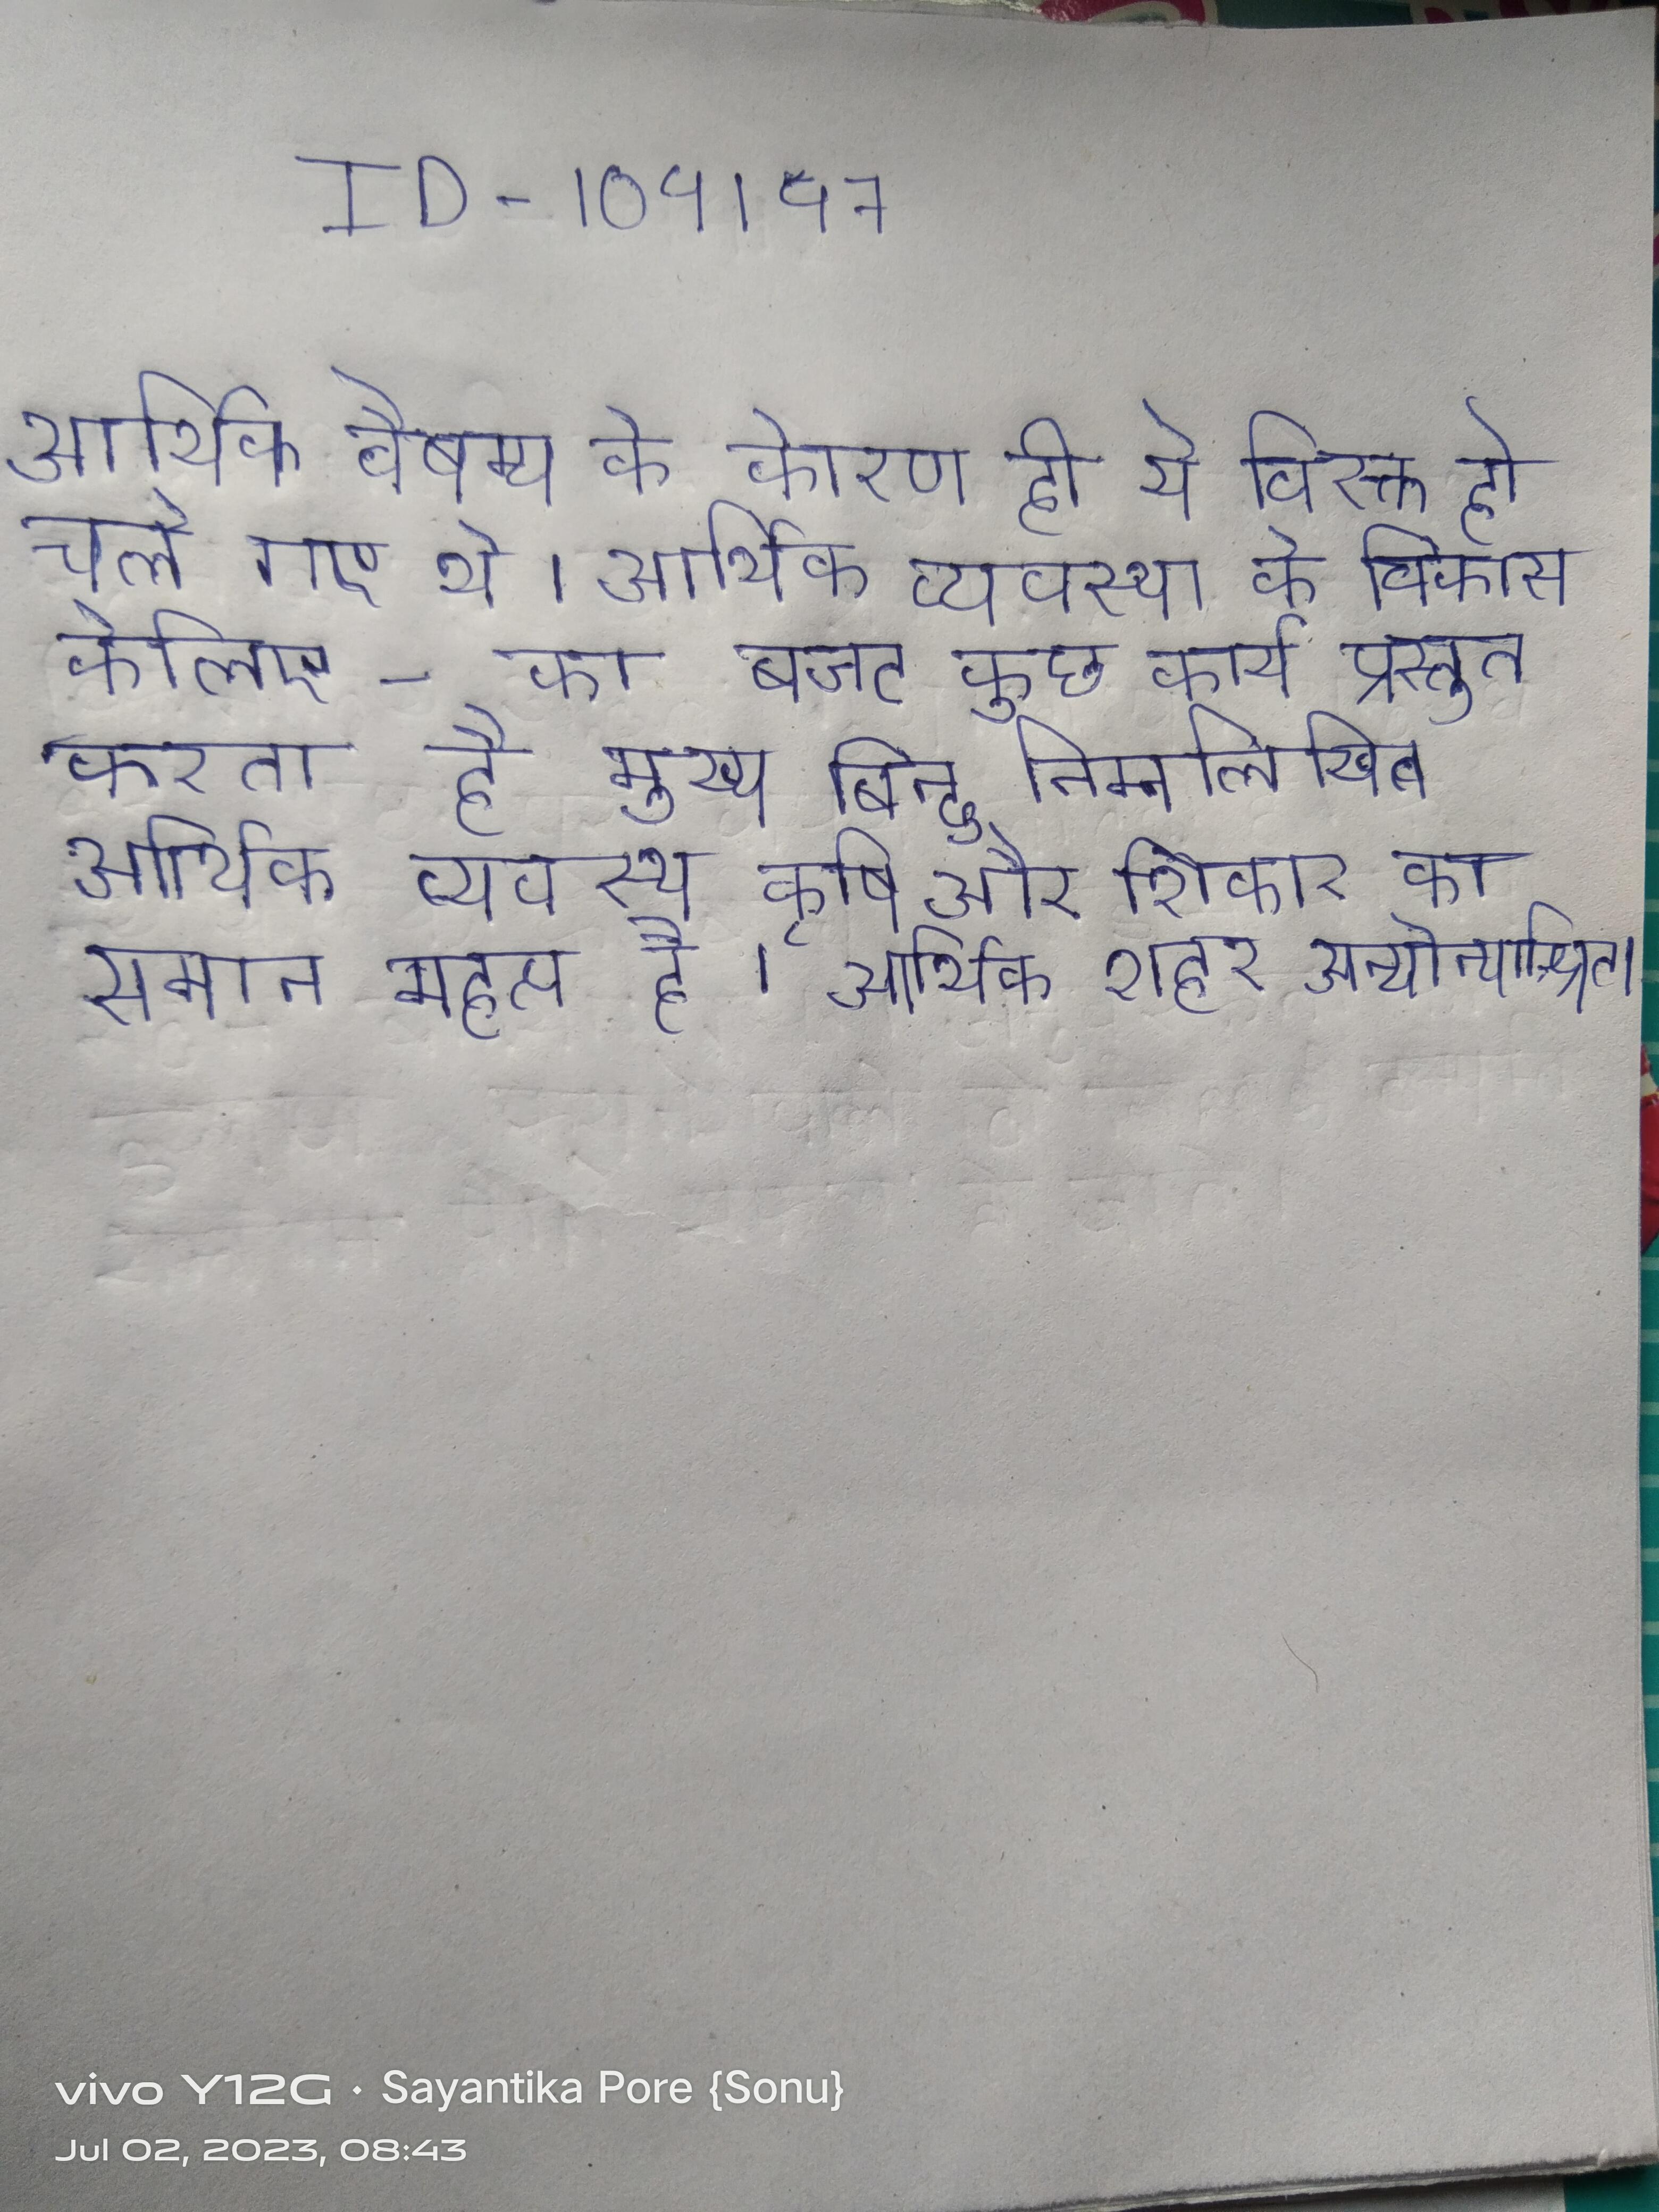
आर्थिक वैषम्य के कारण ही ये विरक्त हो चले गए थे । आर्थिक व्यवस्था के विकास केलिए - का बजट कुछ कार्य प्रस्तुत करता है मुख्य बिन्दु निम्नलिखित आर्थिक व्यवस्था कृषि और शिकार का समान महत्व है । आर्थिक शहर अन्योन्याश्रित ।